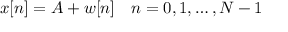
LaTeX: x [ n ] = A + w [ n ] \quad n = 0 , 1 , \dots , N - 1